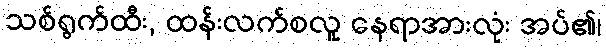
သစ်ရွက်ထီး, ထန်းလက်စလူ နေရာအားလုံး အပ်၏၊